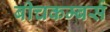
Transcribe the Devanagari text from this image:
बीचकम्बर्स